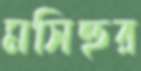
মসিহুর